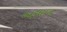
અફધાન